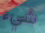
شيء